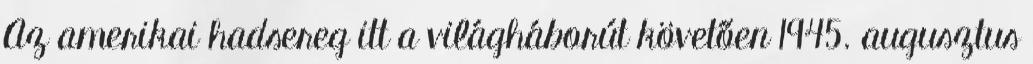
Az amerikai hadsereg itt a világháborút követően 1945. augusztus